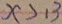
x > 1 3